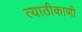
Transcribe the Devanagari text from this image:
त्याठीकाणी